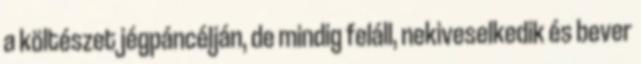
a költészet jégpáncélján, de mindig feláll, nekiveselkedik és bever